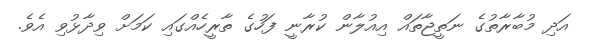
އަދި މުބާރާތުގެ ނަތީޖާތައް އިއުލާން ކުރާނީ ފަހުގެ ތާރީހެއްގައި ކަމަށް ވިދާޅުވި އެވެ.